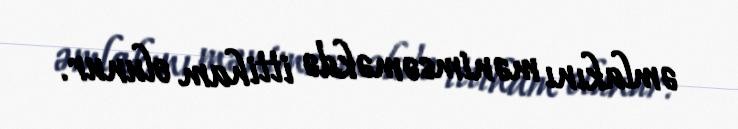
əmlakını mənimsəməkdə ittiham olunur.